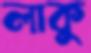
লাকু